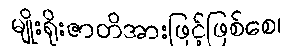
မျိုးရိုးဇာတိအားဖြင့်ဖြစ်စေ၊